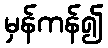
မှန်ကန်၍